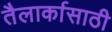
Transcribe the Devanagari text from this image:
तैलार्कासाठी